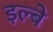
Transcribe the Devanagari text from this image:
इल्बे